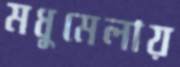
মধুমেলায়